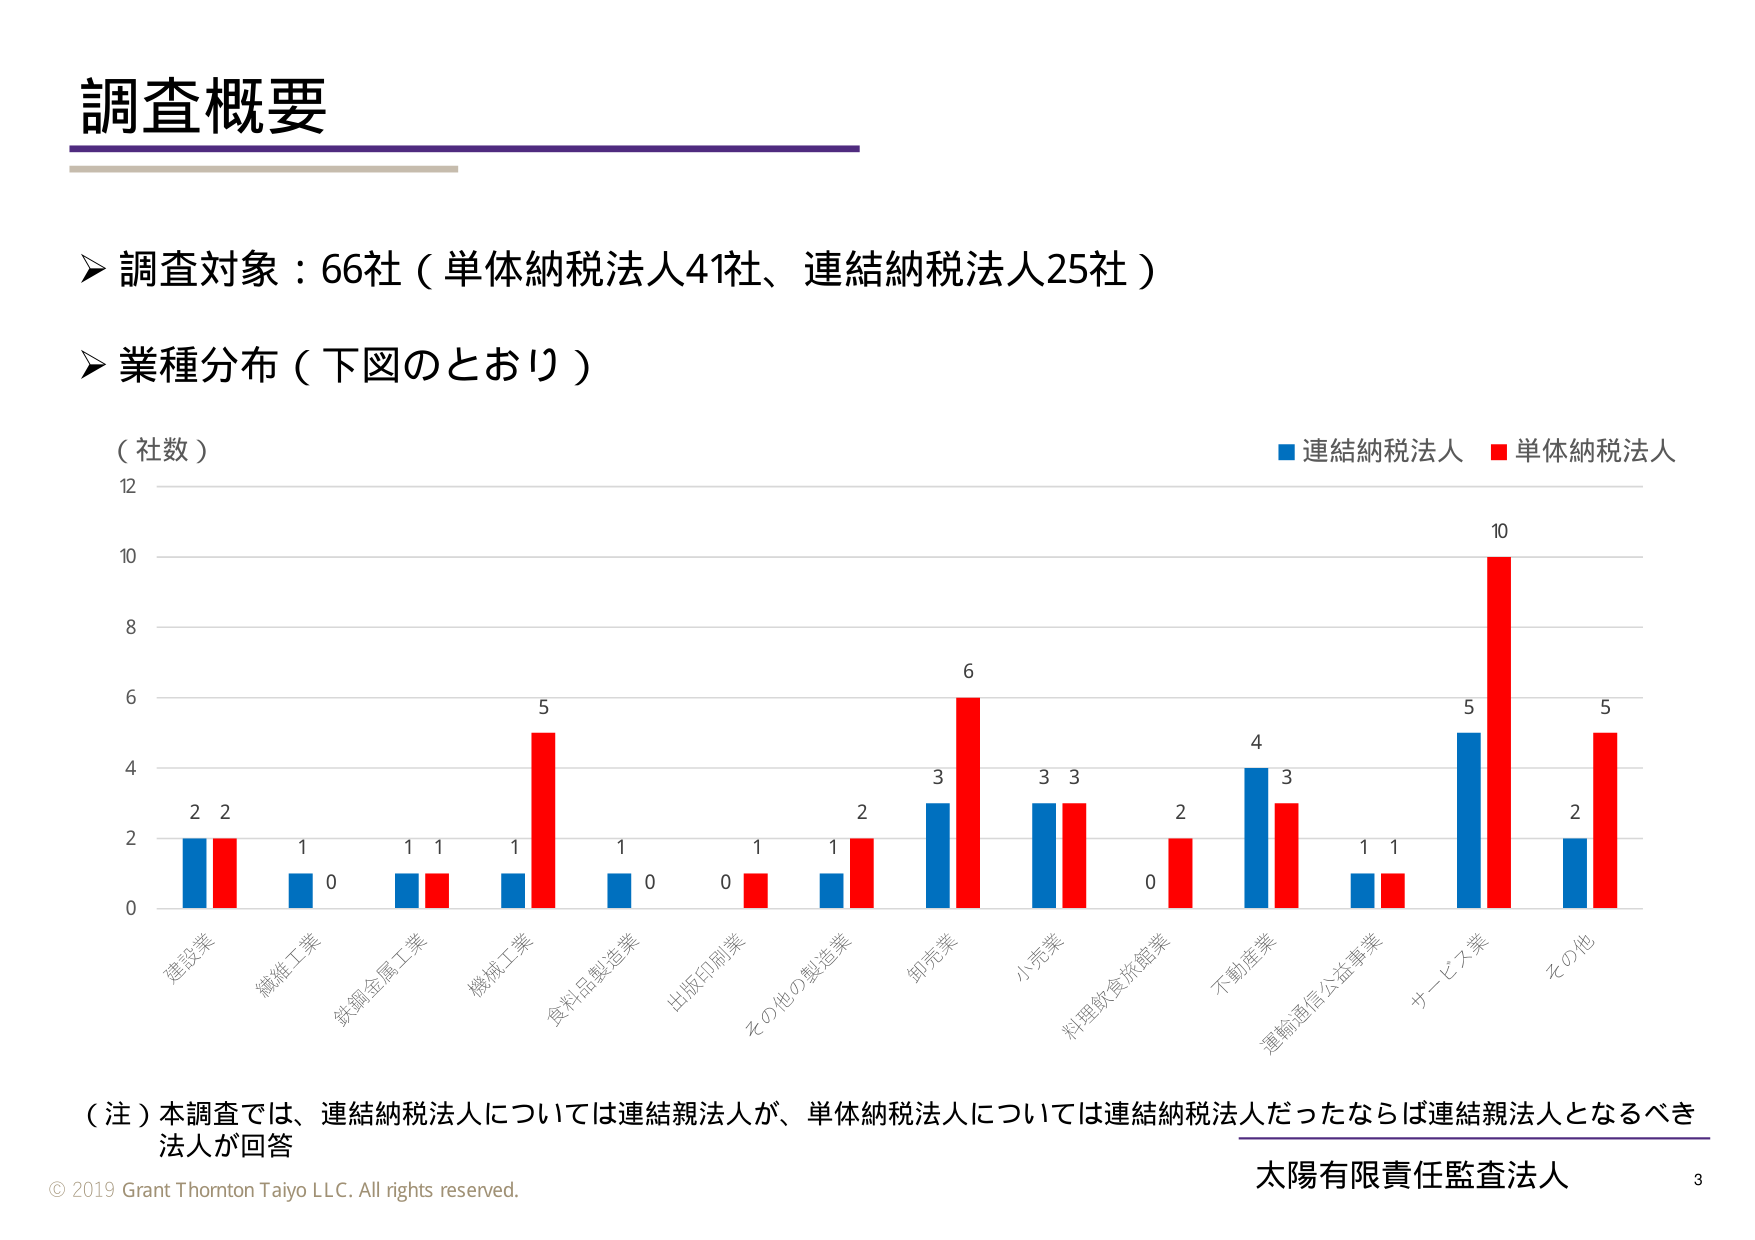
調査概要

➤ 調査対象：66社（単体納税法人41社、連結納税法人25社）

➤ 業種分布（下図のとおり）

（社数）

■ 連結納税法人 ■ 単体納税法人

建設業 2 2
繊維工業 1 0
鉄鋼金属工業 1 1
機械工業 1 5
食料品製造業 1 0
出版印刷業 0 1
その他の製造業 1 2
卸売業 3 6
小売業 3 3
料理飲食旅館業 0 2
不動産業 4 3
運輸通信公益事業 1 1
サービス業 5 10
その他 2 5

（注）本調査では、連結納税法人については連結親法人が、単体納税法人については連結納税法人だったならば連結親法人となるべき法人が回答

© 2019 Grant Thornton Taiyo LLC. All rights reserved.

太陽有限責任監査法人

3